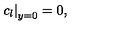
\left. c _ { l } \right| _ { y = 0 } = 0 ,